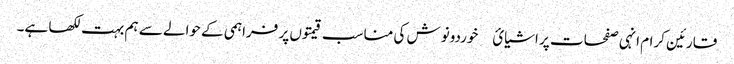
قارئین کرام انہی صفحات پر اشیائ￿ خوردونوش کی مناسب قیمتوں پر فراہمی کے حوالے سے ہم بہت لکھا ہے۔